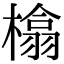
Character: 㯓